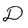
Character: D